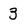
Character: 3